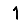
Digit: 1